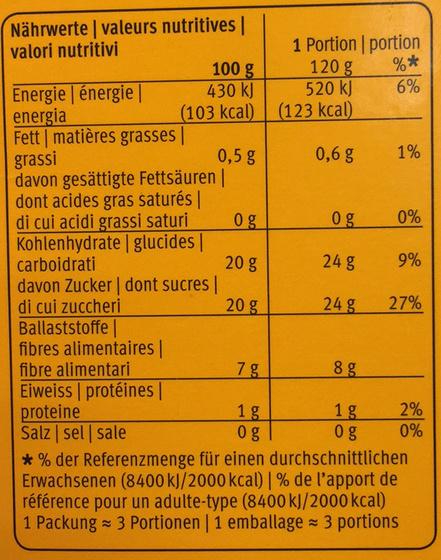
Nährwerte | valeurs nutritives |
valori nutritivi
Energie | énergie |
energia
Fett | matières grasses |
100 g
430 kJ
(103 kcal)
grassi
davon gesättigte Fettsäuren | dont acides gras saturés | di cui acidi grassi saturi Kohlenhydrate | glucides | carboidrati
Ballaststoffe | fibres alimentaires | fibre alimentari
0,5 g
davon Zucker | dont sucres |
di cui zuccheri
Eiweiss | protéines |
proteine
Salz | sel | sale
og
20 g
20 g
7 g
1g
og
1 Portion | portion
%*
6%
120 g
520 kJ
(123 kcal)
0,6 g
Og
24 g
24 g
8 g
1 g
og
1%
0%
9%
27%
2%
0%
*% der Referenzmenge für einen durchschnittlichen Erwachsenen (8400 kJ/2000 kcal) | % de l'apport de référence pour un adulte-type (8400 kJ/2000 kcal) 1 Packung 3 Portionen | 1 emballage ≈ 3 portions